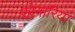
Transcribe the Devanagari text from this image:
एरेनारिया